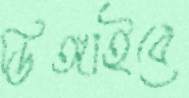
ডিঙ্গাইবে